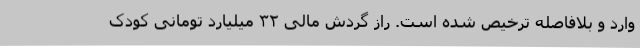
وارد و بلافاصله ترخیص شده است. راز گردش مالی ۳۲ میلیارد تومانی کودک